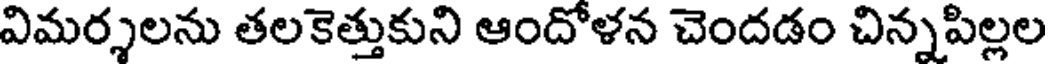
విమర్శలను తలకెత్తుకుని ఆందోళన చెందడం చిన్నపిల్లల